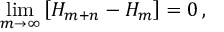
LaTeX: \operatorname* { l i m } _ { m \rightarrow \infty } \left[ H _ { m + n } - H _ { m } \right] = 0 \, ,